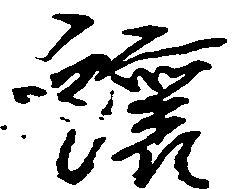
譲